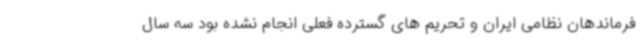
فرماندهان نظامی ایران و تحریم های گسترده فعلی انجام نشده بود سه سال